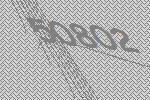
50802